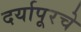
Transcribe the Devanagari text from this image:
दर्यापूरचे